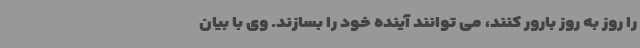
را روز به روز بارور کنند، می توانند آینده خود را بسازند. وی با بیان